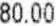
80.00